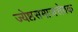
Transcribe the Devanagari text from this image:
ज्येष्ठसमाजसेवक